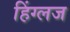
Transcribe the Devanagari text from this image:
हिंग्लज